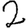
Digit: 2